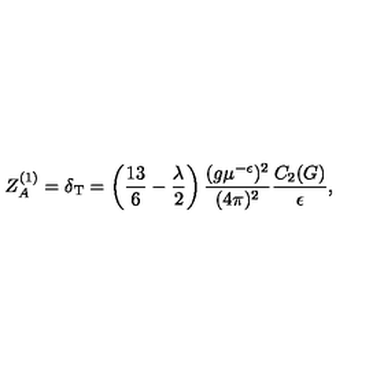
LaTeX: Z _ { A } ^ { ( 1 ) } = \delta _ { \mathrm { T } } = \left( \frac { 1 3 } 6 - \frac \lambda 2 \right) \frac { ( g \mu ^ { - \epsilon } ) ^ { 2 } } { ( 4 \pi ) ^ { 2 } } \frac { C _ { 2 } ( G ) } { \epsilon } ,